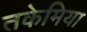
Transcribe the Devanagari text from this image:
तकेमिया